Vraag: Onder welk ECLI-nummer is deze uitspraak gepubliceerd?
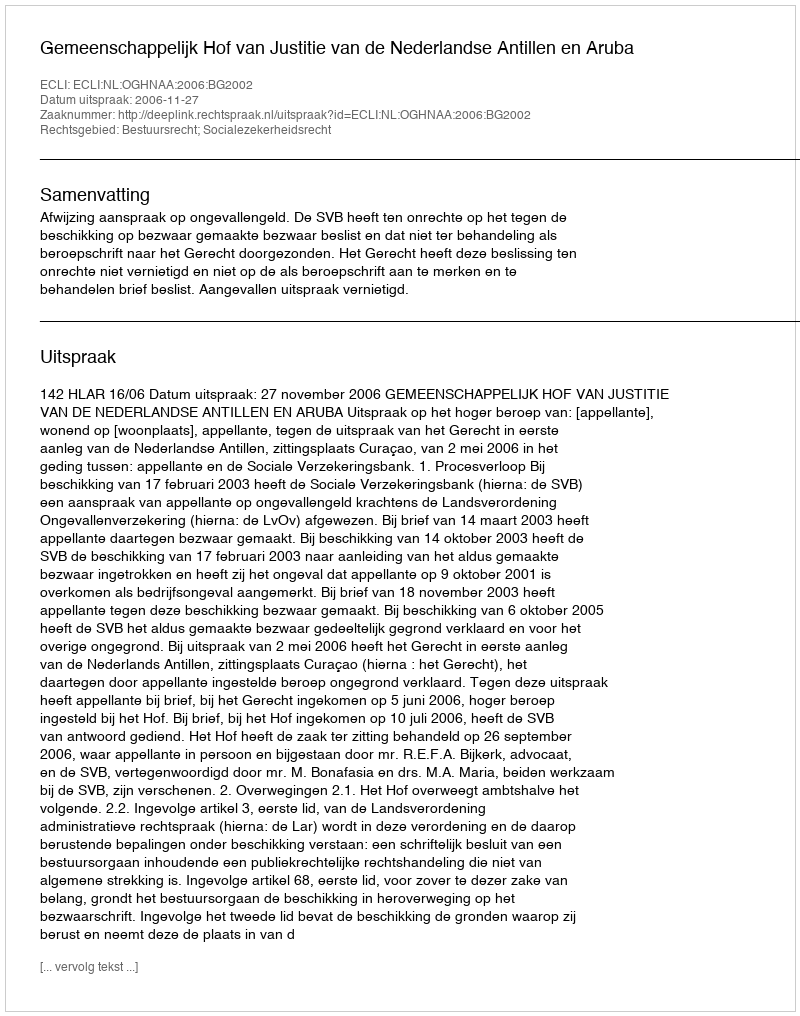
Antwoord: ECLI:NL:OGHNAA:2006:BG2002